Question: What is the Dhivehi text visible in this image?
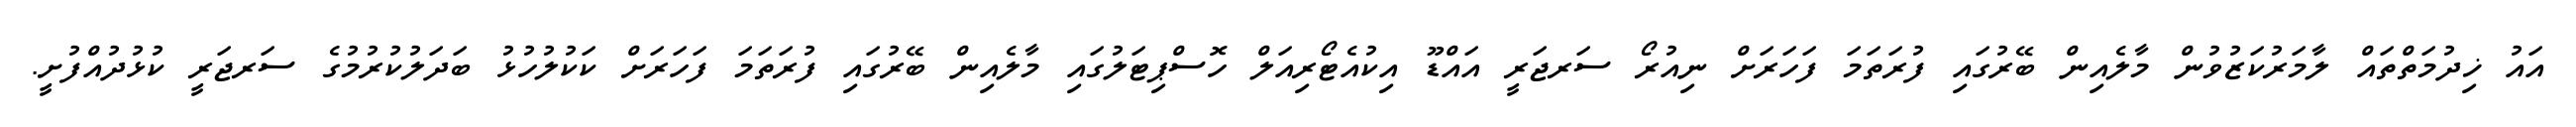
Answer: އައު ޚިދުމަތްތައް ލާމަރުކަޒުވުން މާލެއިން ބޭރުގައި ފުރަތަމަ ފަހަރަށް ނިއުރޯ ސަރޖަރީ އައްޑޫ އިކުއެޓޯރިއަލް ހޮސްޕިޓަލުގައި މާލެއިން ބޭރުގައި ފުރަތަމަ ފަހަރަށް ކަކުލުހުޅު ބަދަލުކުރުމުގެ ސަރޖަރީ ކުޅުދުއްފުށީ.